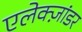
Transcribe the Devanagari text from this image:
एलेक्ज़ांडर